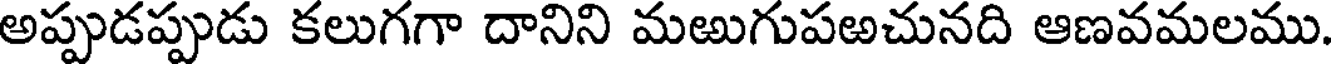
అప్పుడప్పుడు కలుగగా దానిని మఱుగుపఱచునది ఆణవమలము.